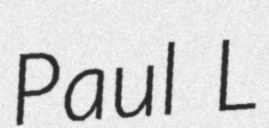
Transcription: Paul L